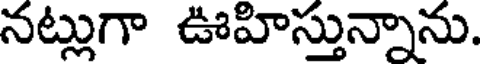
నట్లుగా ఊహిస్తున్నాను.